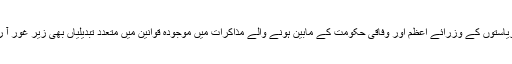
جرمن رياستوں کے وزرائے اعظم اور وفاقی حکومت کے مابين ہونے والے مذاکرات ميں موجودہ قوانین ميں متعدد تبديلياں بھی زير غور آ رہی ہيں۔